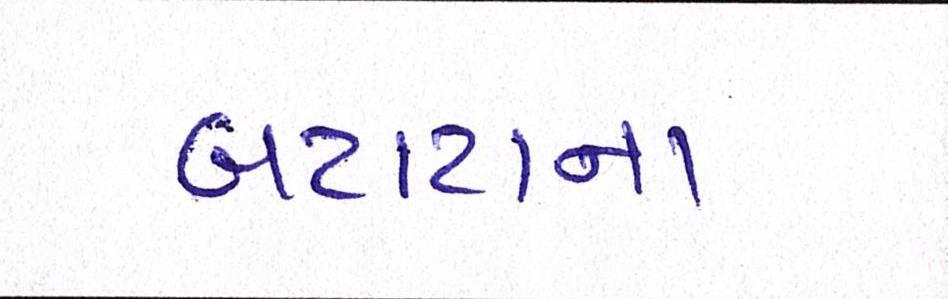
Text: બટાટાના